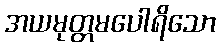
အယမုတ္တမပေါရိသော